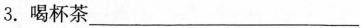
3.喝杯茶___